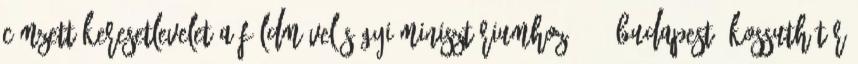
címzett keresetlevelet a Földművelésügyi Minisztériumhoz 1055 Budapest, Kossuth tér